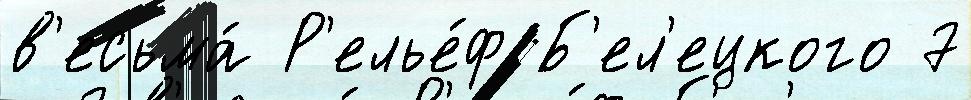
в'есьма́ Р'елье́ф Б'ел'ецкого 7